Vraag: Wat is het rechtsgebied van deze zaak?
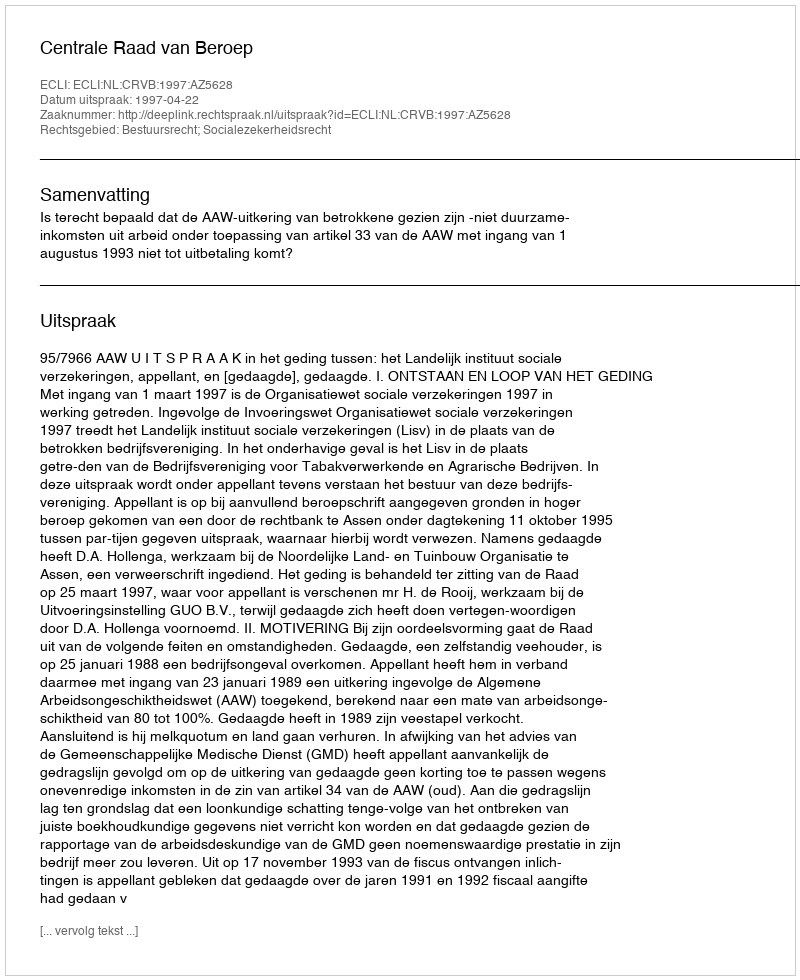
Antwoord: Bestuursrecht; Socialezekerheidsrecht